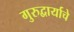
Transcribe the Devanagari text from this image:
गुरुद्वार्याचे